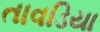
તાવડિયા